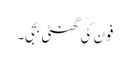
فون کی گھنٹی بجی۔